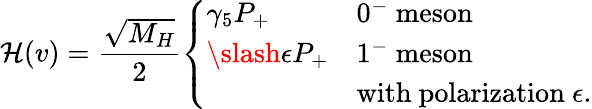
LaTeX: {\cal H}(v)=\frac{\sqrt{M_{H}}}{2}\left\{ \begin{array}{ll}{{\gamma_{5}P_{+}}}&{{0^{-}\mathrm{~meson}}}\\ {{\slash{\epsilon}P_{+}}}&{{1^{-}\mathrm{~meson}}}\\ {{}}&{{\mathrm{with~polarization~}\epsilon.}}\end{array}\right.